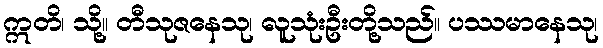
ဣတိ၊ သို့။ တီသုဇနေသု၊ လူသုံးဦးတို့သည်။ ပဿမာနေသု၊